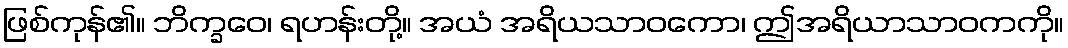
ဖြစ်ကုန်၏။ ဘိက္ခဝေ၊ ရဟန်းတို့။ အယံ အရိယသာဝကော၊ ဤအရိယာသာဝကကို။